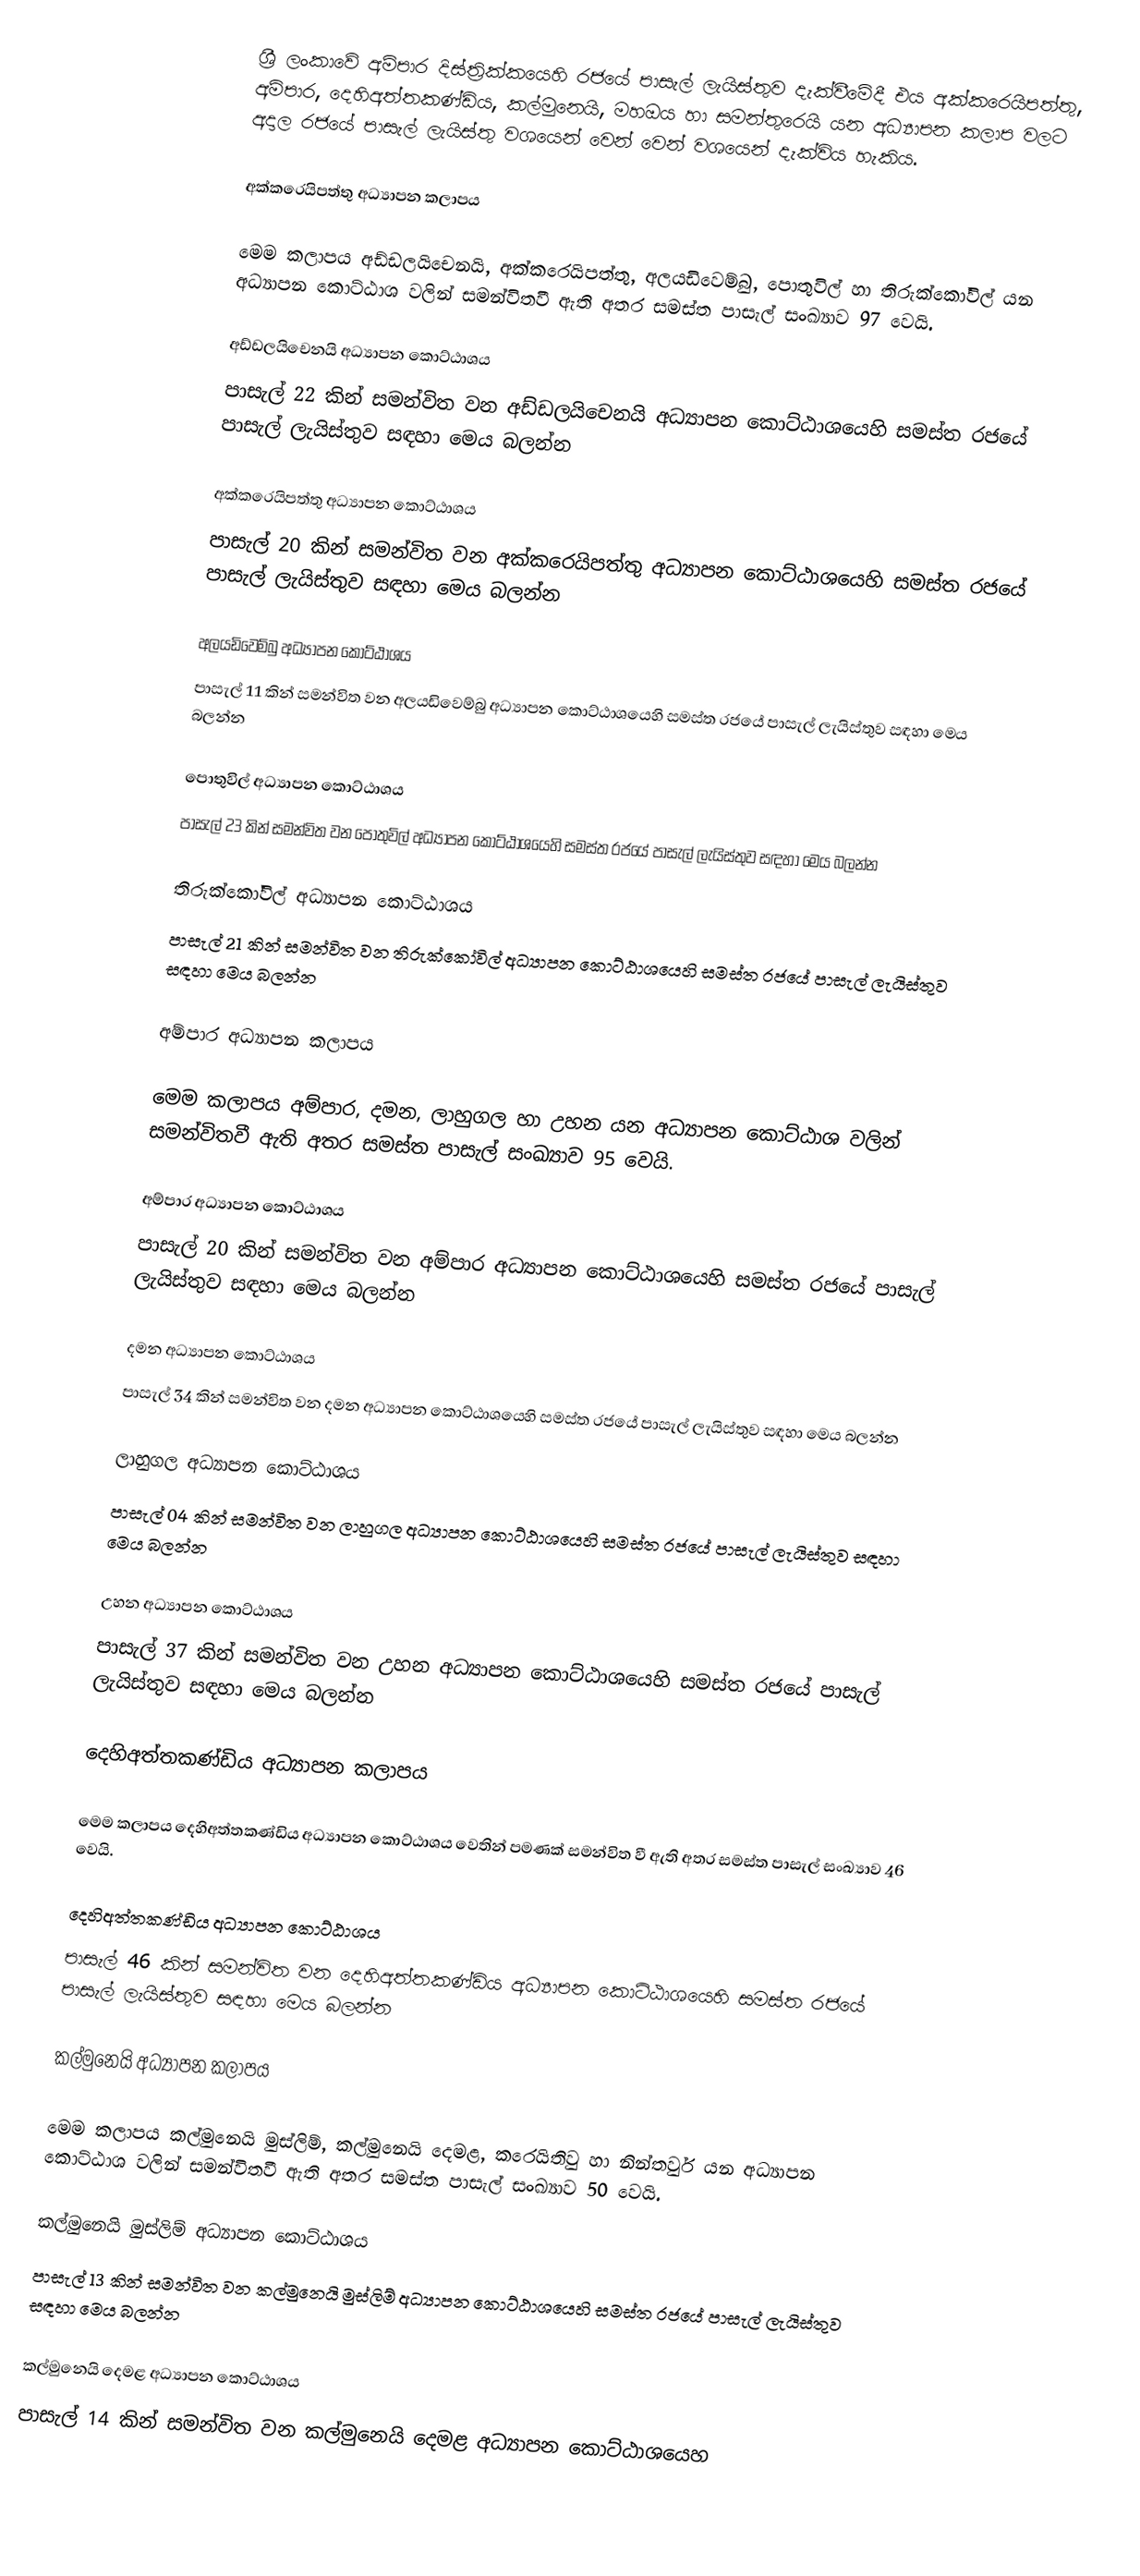
ශ්‍රී ලංකාවේ අම්පාර දිස්ත්‍රික්කයෙහි රජයේ පාසැල් ලැයිස්තුව දැක්වීමේදී එය අක්කරෙයිපත්තු, අම්පාර, දෙහිඅත්තකණ්ඩිය, කල්මුනෙයි, මහඔය හා සමන්තුරෙයි යන අධ්‍යාපන කලාප  වලට අදාල රජයේ පාසැල් ලැයිස්තු වශයෙන් වෙන් වෙන් වශයෙන් දැක්විය හැකිය.

අක්කරෙයිපත්තු අධ්‍යාපන කලාපය

මෙම කලාපය අඩ්ඩලයිචෙනයි, අක්කරෙයිපත්තු, අලයඩිවෙම්බු, පොතුවිල් හා තිරුක්කෝවිල් යන අධ්‍යාපන කොට්ඨාශ වලින් සමන්විතවී ඇති අතර සමස්ත පාසැල් සංඛ්‍යාව 97 වෙයි.

අඩ්ඩලයිචෙනයි අධ්‍යාපන කොට්ඨාශය
පාසැල් 22 කින් සමන්විත වන අඩ්ඩලයිචෙනයි අධ්‍යාපන කොට්ඨාශයෙහි සමස්ත රජයේ පාසැල් ලැයිස්තුව සඳහා මෙය බලන්න

අක්කරෙයිපත්තු අධ්‍යාපන කොට්ඨාශය
පාසැල් 20 කින් සමන්විත වන අක්කරෙයිපත්තු අධ්‍යාපන කොට්ඨාශයෙහි සමස්ත රජයේ පාසැල් ලැයිස්තුව සඳහා මෙය බලන්න

අලයඩිවෙම්බු අධ්‍යාපන කොට්ඨාශය
පාසැල් 11 කින් සමන්විත වන අලයඩිවෙම්බු අධ්‍යාපන කොට්ඨාශයෙහි සමස්ත රජයේ පාසැල් ලැයිස්තුව සඳහා මෙය බලන්න

පොතුවිල් අධ්‍යාපන කොට්ඨාශය
පාසැල් 23 කින් සමන්විත වන පොතුවිල් අධ්‍යාපන කොට්ඨාශයෙහි සමස්ත රජයේ පාසැල් ලැයිස්තුව සඳහා මෙය බලන්න

තිරුක්කෝවිල් අධ්‍යාපන කොට්ඨාශය
පාසැල් 21 කින් සමන්විත වන තිරුක්කෝවිල් අධ්‍යාපන කොට්ඨාශයෙහි සමස්ත රජයේ පාසැල් ලැයිස්තුව සඳහා මෙය බලන්න

අම්පාර අධ්‍යාපන කලාපය

මෙම කලාපය අම්පාර, දමන, ලාහුගල හා උහන යන අධ්‍යාපන කොට්ඨාශ වලින් සමන්විතවී ඇති අතර සමස්ත පාසැල් සංඛ්‍යාව 95 වෙයි.

අම්පාර අධ්‍යාපන කොට්ඨාශය
පාසැල් 20 කින් සමන්විත වන අම්පාර අධ්‍යාපන කොට්ඨාශයෙහි සමස්ත රජයේ පාසැල් ලැයිස්තුව සඳහා මෙය බලන්න

දමන අධ්‍යාපන කොට්ඨාශය
පාසැල් 34 කින් සමන්විත වන දමන අධ්‍යාපන කොට්ඨාශයෙහි සමස්ත රජයේ පාසැල් ලැයිස්තුව සඳහා මෙය බලන්න

ලාහුගල අධ්‍යාපන කොට්ඨාශය
පාසැල් 04 කින් සමන්විත වන ලාහුගල  අධ්‍යාපන කොට්ඨාශයෙහි සමස්ත රජයේ පාසැල් ලැයිස්තුව සඳහා මෙය බලන්න

උහන අධ්‍යාපන කොට්ඨාශය
පාසැල් 37 කින් සමන්විත වන උහන අධ්‍යාපන කොට්ඨාශයෙහි සමස්ත රජයේ පාසැල් ලැයිස්තුව සඳහා මෙය බලන්න

දෙහිඅත්තකණ්ඩිය අධ්‍යාපන කලාපය

මෙම කලාපය දෙහිඅත්තකණ්ඩිය  අධ්‍යාපන කොට්ඨාශ‍ය වෙතින් පමණක් සමන්විත වී ඇති අතර සමස්ත පාසැල් සංඛ්‍යාව 46 වෙයි.

දෙහිඅත්තකණ්ඩිය අධ්‍යාපන කොට්ඨාශය
පාසැල් 46 කින් සමන්විත වන දෙහිඅත්තකණ්ඩිය අධ්‍යාපන කොට්ඨාශයෙහි සමස්ත රජයේ පාසැල් ලැයිස්තුව සඳහා මෙය බලන්න

කල්මුනෙයි අධ්‍යාපන කලාපය

මෙම කලාපය කල්මුනෙයි මුස්ලිම්, කල්මුනෙයි දෙමළ, කරෙයිතිවු හා නින්තවුර් යන අධ්‍යාපන කොට්ඨාශ වලින් සමන්විතවී ඇති අතර සමස්ත පාසැල් සංඛ්‍යාව 50 වෙයි.

කල්මුනෙයි මුස්ලිම් අධ්‍යාපන කොට්ඨාශය
පාසැල් 13 කින් සමන්විත වන කල්මුනෙයි මුස්ලිම් අධ්‍යාපන කොට්ඨාශයෙහි සමස්ත රජයේ පාසැල් ලැයිස්තුව සඳහා මෙය බලන්න

කල්මුනෙයි දෙමළ අධ්‍යාපන කොට්ඨාශය
පාසැල් 14 කින් සමන්විත වන කල්මුනෙයි දෙමළ අධ්‍යාපන කොට්ඨාශයෙහ